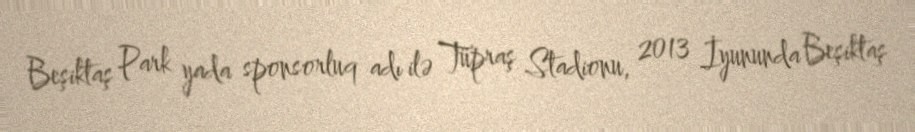
Beşiktaş Park yada sponsorluq adı ilə Tüpraş Stadionu, 2013 İyununda Beşiktaş